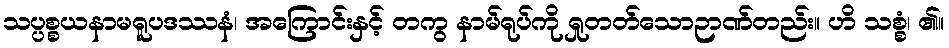
သပ္ပစ္စယနာမရူပဒဿနံ၊ အကြောင်းနှင့် တကွ နာမ်ရုပ်ကို ရှုတတ်သောဉာဏ်တည်း။ ဟိ သစ္စံ၊ ၏။